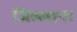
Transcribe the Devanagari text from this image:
जिल्लाना